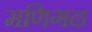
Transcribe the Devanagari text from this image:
मणिगढ